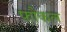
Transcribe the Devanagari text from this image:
फौकल